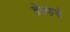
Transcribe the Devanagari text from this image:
वेल्फचे